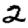
Digit: 2